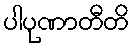
ပါပုဏာတီတိ